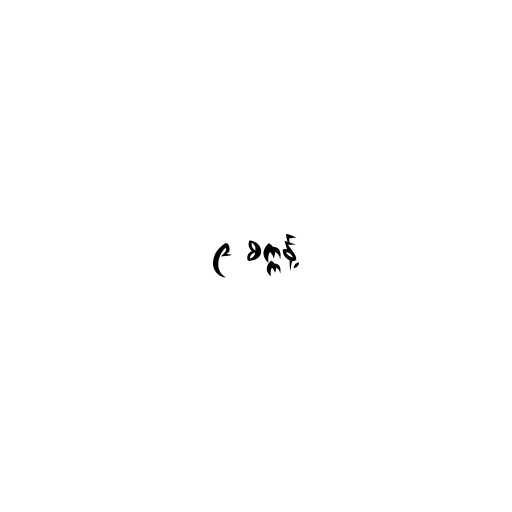
၉ စက္ကန့်